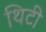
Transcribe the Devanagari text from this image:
थिटी